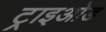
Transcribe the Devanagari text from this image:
ट्राइओड